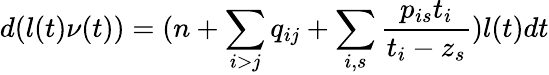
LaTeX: d(l(t)\nu(t))=(n+\sum_{i>j}q_{ij}+\sum_{i,s}\frac{p_{is}t_{i}}{t_{i}-z_{s}})l(t)dt